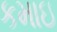
કમાઇ